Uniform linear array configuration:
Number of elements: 24
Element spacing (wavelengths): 0.5
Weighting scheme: hamming
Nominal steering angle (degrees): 45
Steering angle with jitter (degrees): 46.437
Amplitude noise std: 0.05
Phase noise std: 0.05

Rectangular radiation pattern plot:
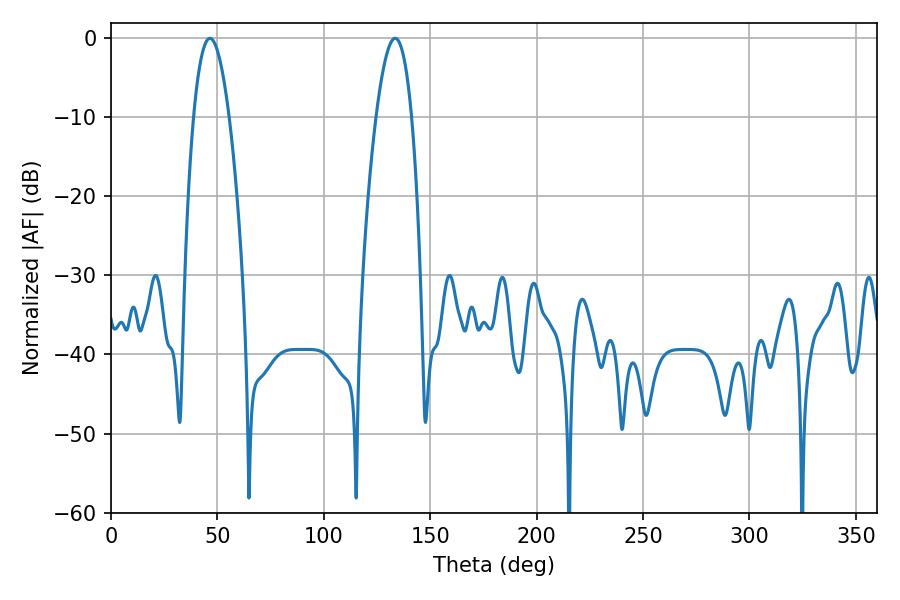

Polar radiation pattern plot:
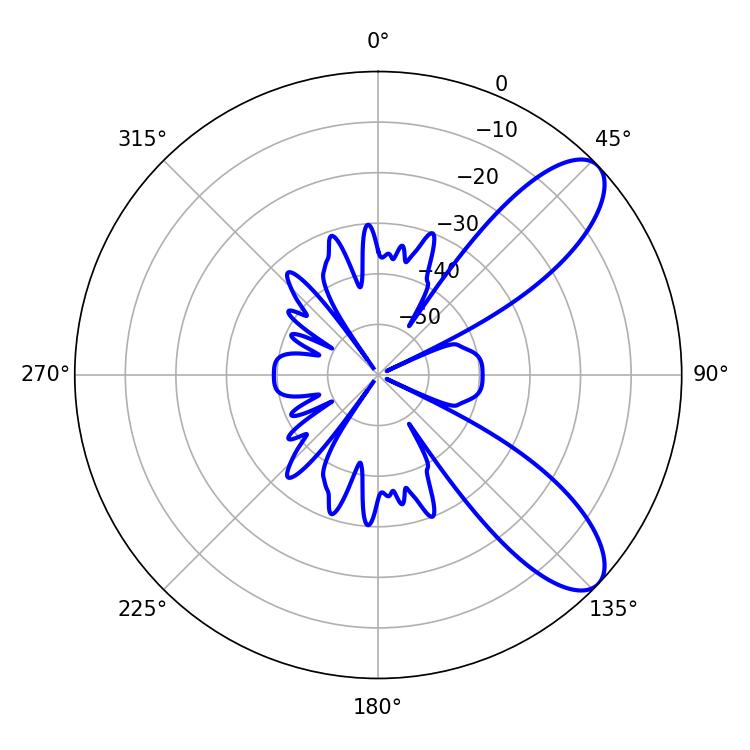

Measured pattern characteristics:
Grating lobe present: FALSE
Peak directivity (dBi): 9.015
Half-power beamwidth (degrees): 9.18
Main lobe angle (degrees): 46.44